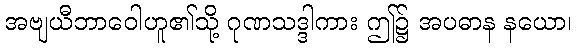
အဗျယီဘာဝေါဟူ၏သို့ ဂုဏသဒ္ဒါကား ဤ၌ အပဓာန နယော၊